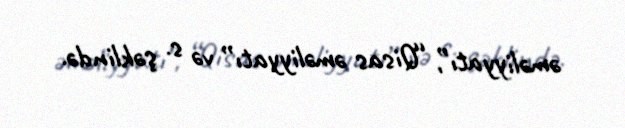
əməliyyatı”, “Qisas əməliyyatı” və s. şəklində.